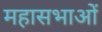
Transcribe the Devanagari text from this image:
महासभाओं